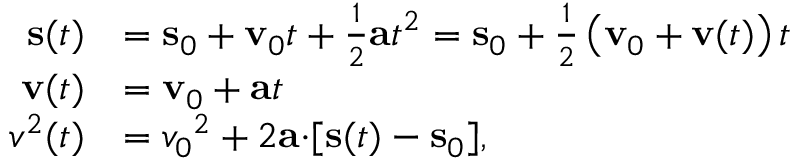
{ \begin{array} { r l } { \mathbf { s } ( t ) } & { = \mathbf { s } _ { 0 } + \mathbf { v } _ { 0 } t + { \frac { 1 } { 2 } } \mathbf { a } t ^ { 2 } = \mathbf { s } _ { 0 } + { \frac { 1 } { 2 } } \left( \mathbf { v } _ { 0 } + \mathbf { v } ( t ) \right) t } \\ { \mathbf { v } ( t ) } & { = \mathbf { v } _ { 0 } + \mathbf { a } t } \\ { { v ^ { 2 } } ( t ) } & { = { v _ { 0 } } ^ { 2 } + 2 \mathbf { a \cdot } [ \mathbf { s } ( t ) - \mathbf { s } _ { 0 } ] , } \end{array} }